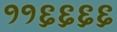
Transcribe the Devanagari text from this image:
११६६६६